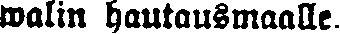
walin hautausmaalle.